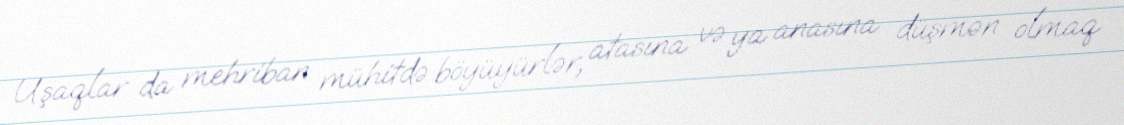
Uşaqlar da mehriban mühitdə böyüyürlər, atasına və ya anasına düşmən olmaq